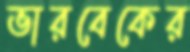
ভারবেকের